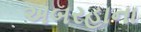
અબરહાના